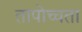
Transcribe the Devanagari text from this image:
तापोच्चता